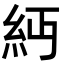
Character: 𥾝